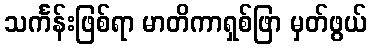
သင်္ကန်းဖြစ်ရာ မာတိကာရှစ်ဖြာ မှတ်ဖွယ်